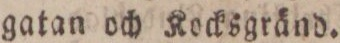
gatan och kocksgränd.